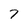
Character: 7